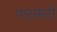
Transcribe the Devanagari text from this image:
पारासरी